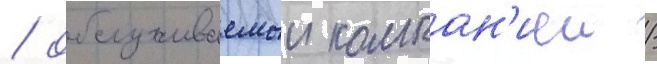
/ обслуживаемыи компан'иеи /